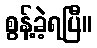
စွန့်ခဲ့ရပြီ။